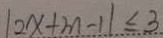
\vert 1 2 x + m - 1 \vert \leq 3